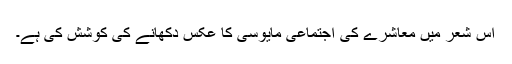
اس شعر میں معاشرے کی اجتماعی مایوسی کا عکس دکھانے کی کوشش کی ہے۔